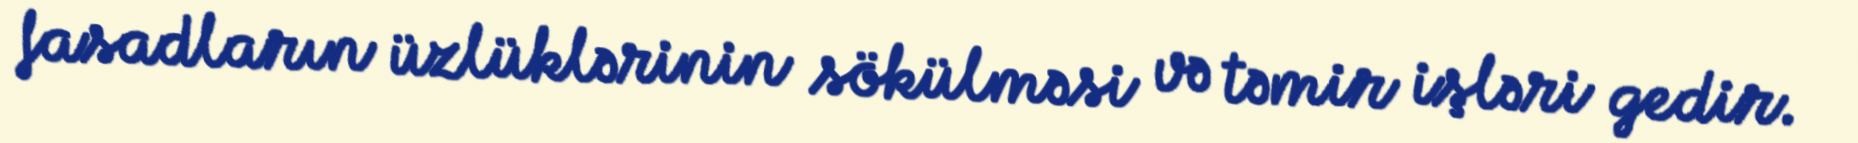
fasadların üzlüklərinin sökülməsi və təmir işləri gedir.